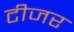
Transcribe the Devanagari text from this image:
टीजर